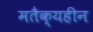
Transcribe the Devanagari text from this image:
मतैक्यहीन